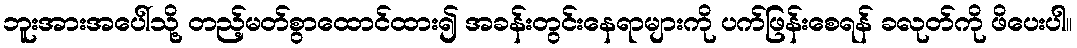
ဘူးအားအပေါ်သို့ တည့်မတ်စွာထောင်ထား၍ အခန်းတွင်းနေရာများကို ပက်ဖြန်းစေရန် ခလုတ်ကို ဖိပေးပါ။